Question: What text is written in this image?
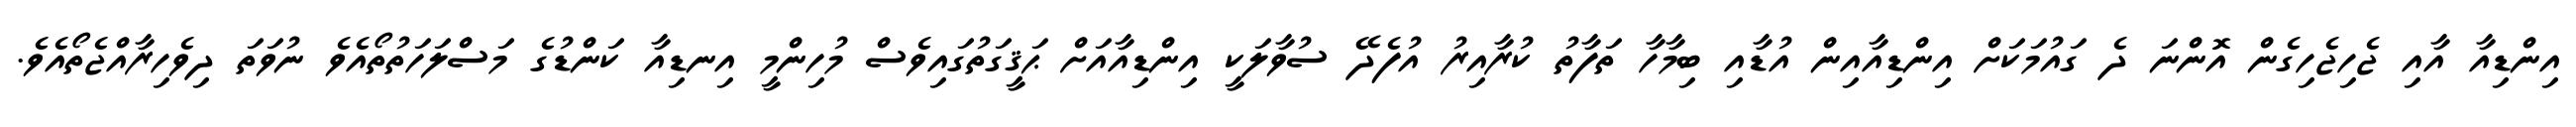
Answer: އިންޑިއާ އާއި ޖެހިޖެހިގެން އޮންނަ ދެ ގައުމަކަށް އިންޑިއާއިން އުޑާއި ބިމާހާ ތަފާތު ކުރާއިރު އުފެދޭ ސުވާލަކީ އިންޑިއާއަށް ޙަޤީގަތުގައިވެސް މުހިންމީ އިނޑިއާ ކަންޑުގެ މަސްލަހަތުތޯއެވެ ނުވަތަ ދިވެހިރާއްޖެތޯއެވެ.